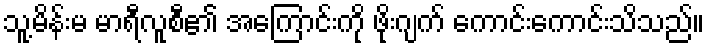
သူ့မိန်းမ မာရီလူစီ၏ အကြောင်းကို ဖိုးဂျက် ကောင်းကောင်းသိသည်။